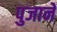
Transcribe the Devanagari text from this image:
पुजाने